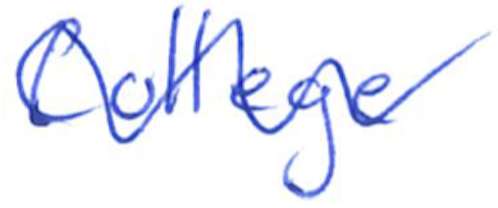
Text: College
Cross-out: wave
Writing tool: ballpoint